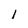
Character: 1